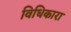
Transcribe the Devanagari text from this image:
विधिकारा